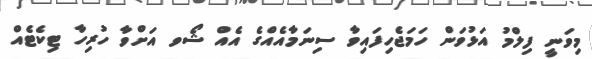
މިވަނީ ފިލްމު އަޅުވަން ހަމަޖެހިފައިވާ ސިނަމާއެއްގެ އެއް ޝޯވ އަށްވާ ހުރިހާ ޓިކެޓެއް